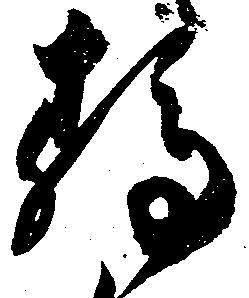
静